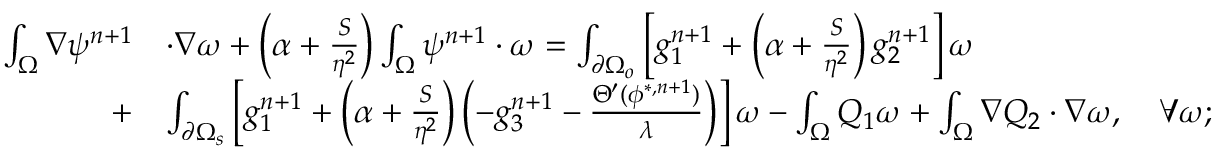
\begin{array} { r l } { \small \int _ { \Omega } \nabla \psi ^ { n + 1 } } & { \cdot \nabla \omega + \left( \alpha + \frac { S } { \eta ^ { 2 } } \right) \int _ { \Omega } \psi ^ { n + 1 } \cdot \omega = \int _ { \partial \Omega _ { o } } \left[ g _ { 1 } ^ { n + 1 } + \left( \alpha + \frac { S } { \eta ^ { 2 } } \right) g _ { 2 } ^ { n + 1 } \right] \omega } \\ { + } & { \int _ { \partial \Omega _ { s } } \left[ g _ { 1 } ^ { n + 1 } + \left( \alpha + \frac { S } { \eta ^ { 2 } } \right) \left( - g _ { 3 } ^ { n + 1 } - \frac { \Theta ^ { \prime } ( \phi ^ { * , n + 1 } ) } { \lambda } \right) \right] \omega - \int _ { \Omega } Q _ { 1 } \omega + \int _ { \Omega } \nabla Q _ { 2 } \cdot \nabla \omega , \quad \forall \omega ; } \end{array}